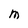
Character: M